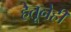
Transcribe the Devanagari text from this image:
हेतूनेही